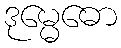
ဒုမ္မေဓော